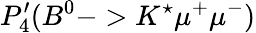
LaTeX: P_{4}^{\prime}(B^{0}->K^{\star}\mu^{+}\mu^{-})